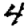
Digit: 4